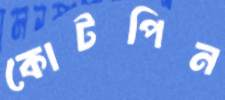
কোটপিন